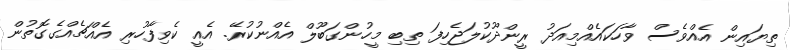
ތިޔައިން އެއްވެސް ވާހަކައެއްމިއަދު ރީންދޫކުލަޖެހިފަ ތިބި މީހުންގަބޫލް އެއްނުކުރޭ. އެއީ ކެވިފާހުރި އެއްޗެއްގެގޮތުން